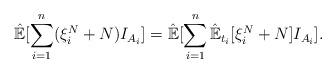
LaTeX: \begin{align*}\hat{\mathbb{E}}[\sum_{i=1}^n(\xi_i^N+N)I_{A_i}]=\hat{\mathbb{E}}[\sum_{i=1}^n\hat{\mathbb{E}}_{t_i}[\xi^N_i+N]I_{A_i}].\end{align*}